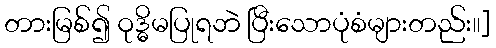
တားမြစ်၍ ဝုဒ္ဓိမပြုရဘဲ ပြီးသောပုံစံများတည်း၊၊]